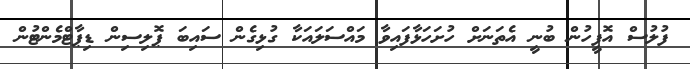
ފުލުސް އޮފީހުން ބުނީ އެތަނަށް ހުށަހަޅާފައިވާ މައްސަލައަކާ ގުޅިގެން ސައިބަ ޕޮލިސިން ޑިޕާޓްމެންޓުން